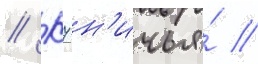
// К7 н'ичья́ //